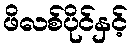
ဖိလစ်ပိုင်နှင့်